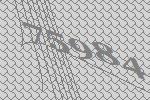
75984